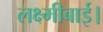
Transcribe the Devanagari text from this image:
लक्ष्मीबाई।